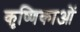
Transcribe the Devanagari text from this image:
कृष्णिकाओं